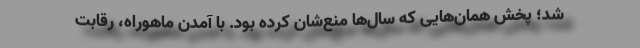
شد؛ پخش همان‌هایی که سال‌ها منع‌شان کرده بود. با آمدن ماهوراه، رقابت